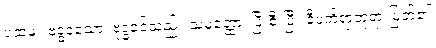
ပထမ။ ဗုဒ္ဓဝံသော၊ ဗုဒ္ဓဝင်သည်။ သမတ္ထော၊ ပြီးစီးပြီ။ ဒီပင်္ကရာဘုရားမြတ်၏